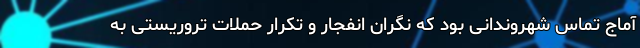
آماج تماس شهروندانی بود که نگران انفجار و تکرار حملات تروریستی به